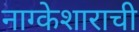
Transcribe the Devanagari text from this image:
नाग्केशाराची